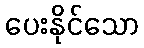
ပေးနိုင်သော